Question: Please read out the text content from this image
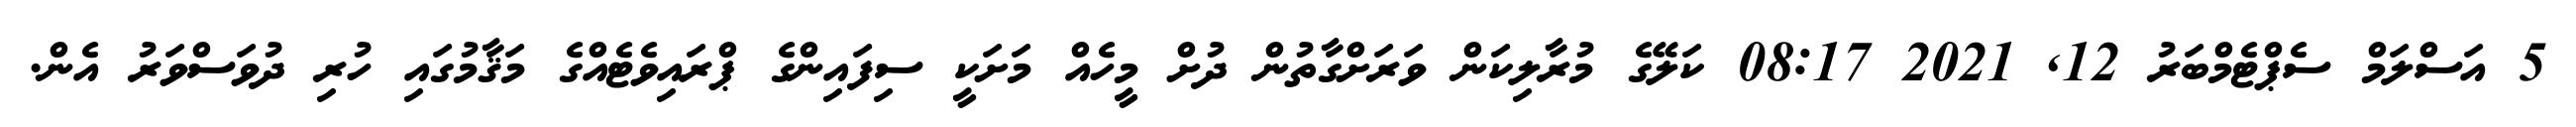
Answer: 5 އަސްލަމް ސެޕްޓެމްބަރު 12, 2021 08:17 ކަލޭގެ މުރާލިކަން ވަރަށްގާތުން ދުށް މީހެއް މަށަކީ ސިފައިންގެ ޕްރައިވެޓެއްގެ މަޤާމުގައި ހުރި ދުވަސްވަރު އެން.